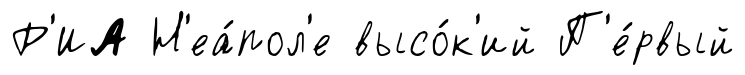
Р'ИА Н'еа́пол'е высо́к'ий П'е́рвый